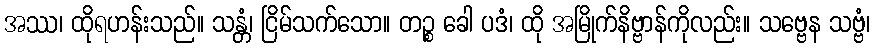
အဿ၊ ထိုရဟန်းသည်။ သန္တံ၊ ငြိမ်သက်သော။ တဉ္စ ခေါ ပဒံ၊ ထို အမြိုက်နိဗ္ဗာန်ကိုလည်း။ သဗ္ဗေန သဗ္ဗံ၊